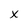
Character: x